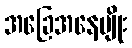
အခြေအနေမျိုး